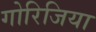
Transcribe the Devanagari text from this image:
गोरिजिया